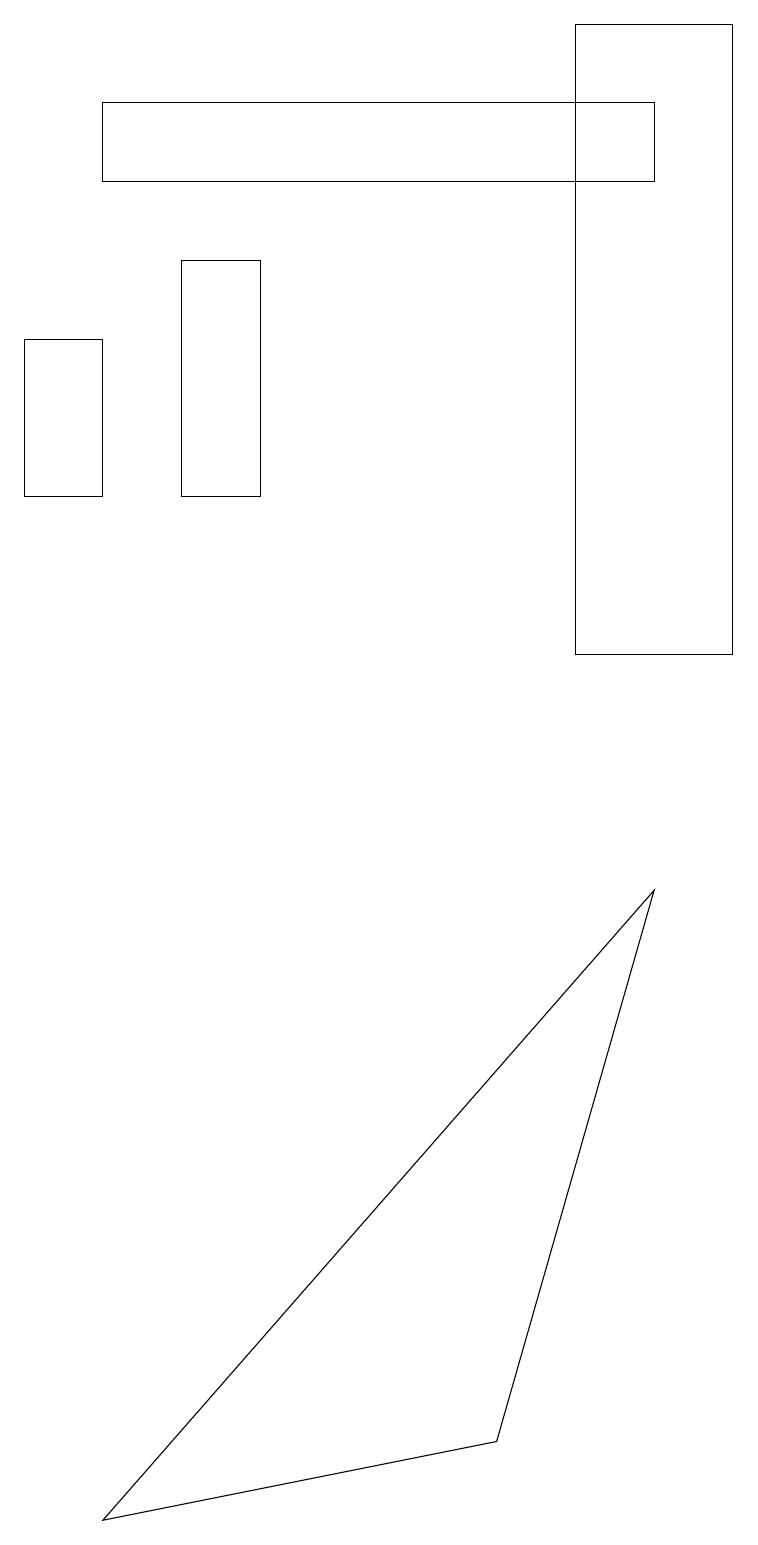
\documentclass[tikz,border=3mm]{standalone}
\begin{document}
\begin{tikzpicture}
\draw (7,19) rectangle (9,11);
\draw (2,13) rectangle (3,16);
\draw (1,15) rectangle (0,13);
\draw (8,17) rectangle (1,18);
\draw (6,1) -- (1,0) -- (8,8) -- cycle;
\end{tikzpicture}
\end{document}